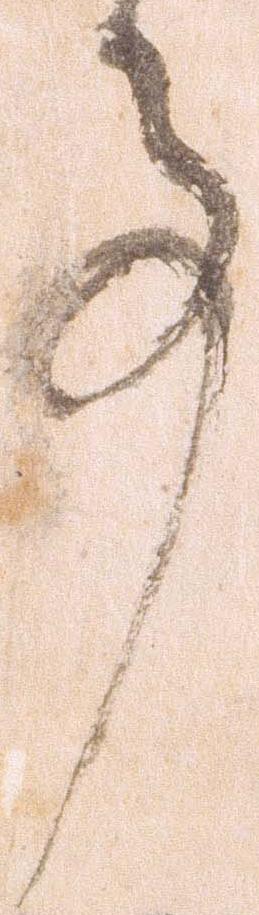
事